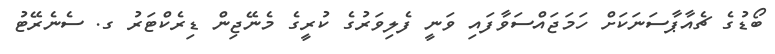
ބޯޑުގެ ޗެއާޕާސަނަކަށް ހަމަޖައްސަވާފައި ވަނީ ފެލިވަރުގެ ކުރީގެ މެނޭޖިން ޑިރެކްޓަރު ގ. ސެނެރޭޓު